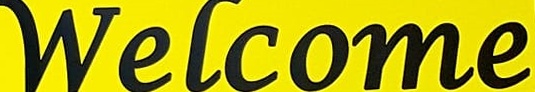
Welcome